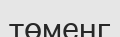
төменг